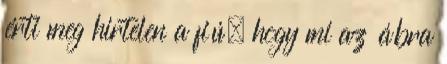
érti meg hirtelen a fiú, hogy mi az ábra